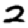
Digit: 2